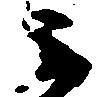
不